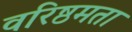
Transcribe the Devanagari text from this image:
वरिष्ठमता